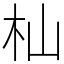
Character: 杣